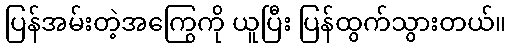
ပြန်အမ်းတဲ့အကြွေကို ယူပြီး ပြန်ထွက်သွားတယ်။